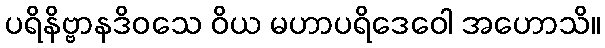
ပရိနိဗ္ဗာနဒိဝသေ ဝိယ မဟာပရိဒေဝေါ အဟောသိ။